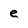
Character: e